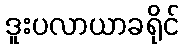
ဒူးပလာယာခရိုင်